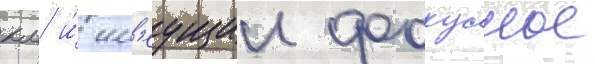
км и́ им'еущии фокусное